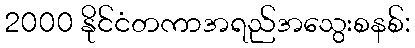
2000 နိုင်ငံတကာအရည်အသွေးစနစ်: